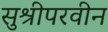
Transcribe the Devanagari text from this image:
सुश्रीपरवीन